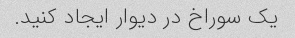
یک سوراخ در دیوار ایجاد کنید.